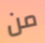
من